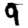
Digit: 9